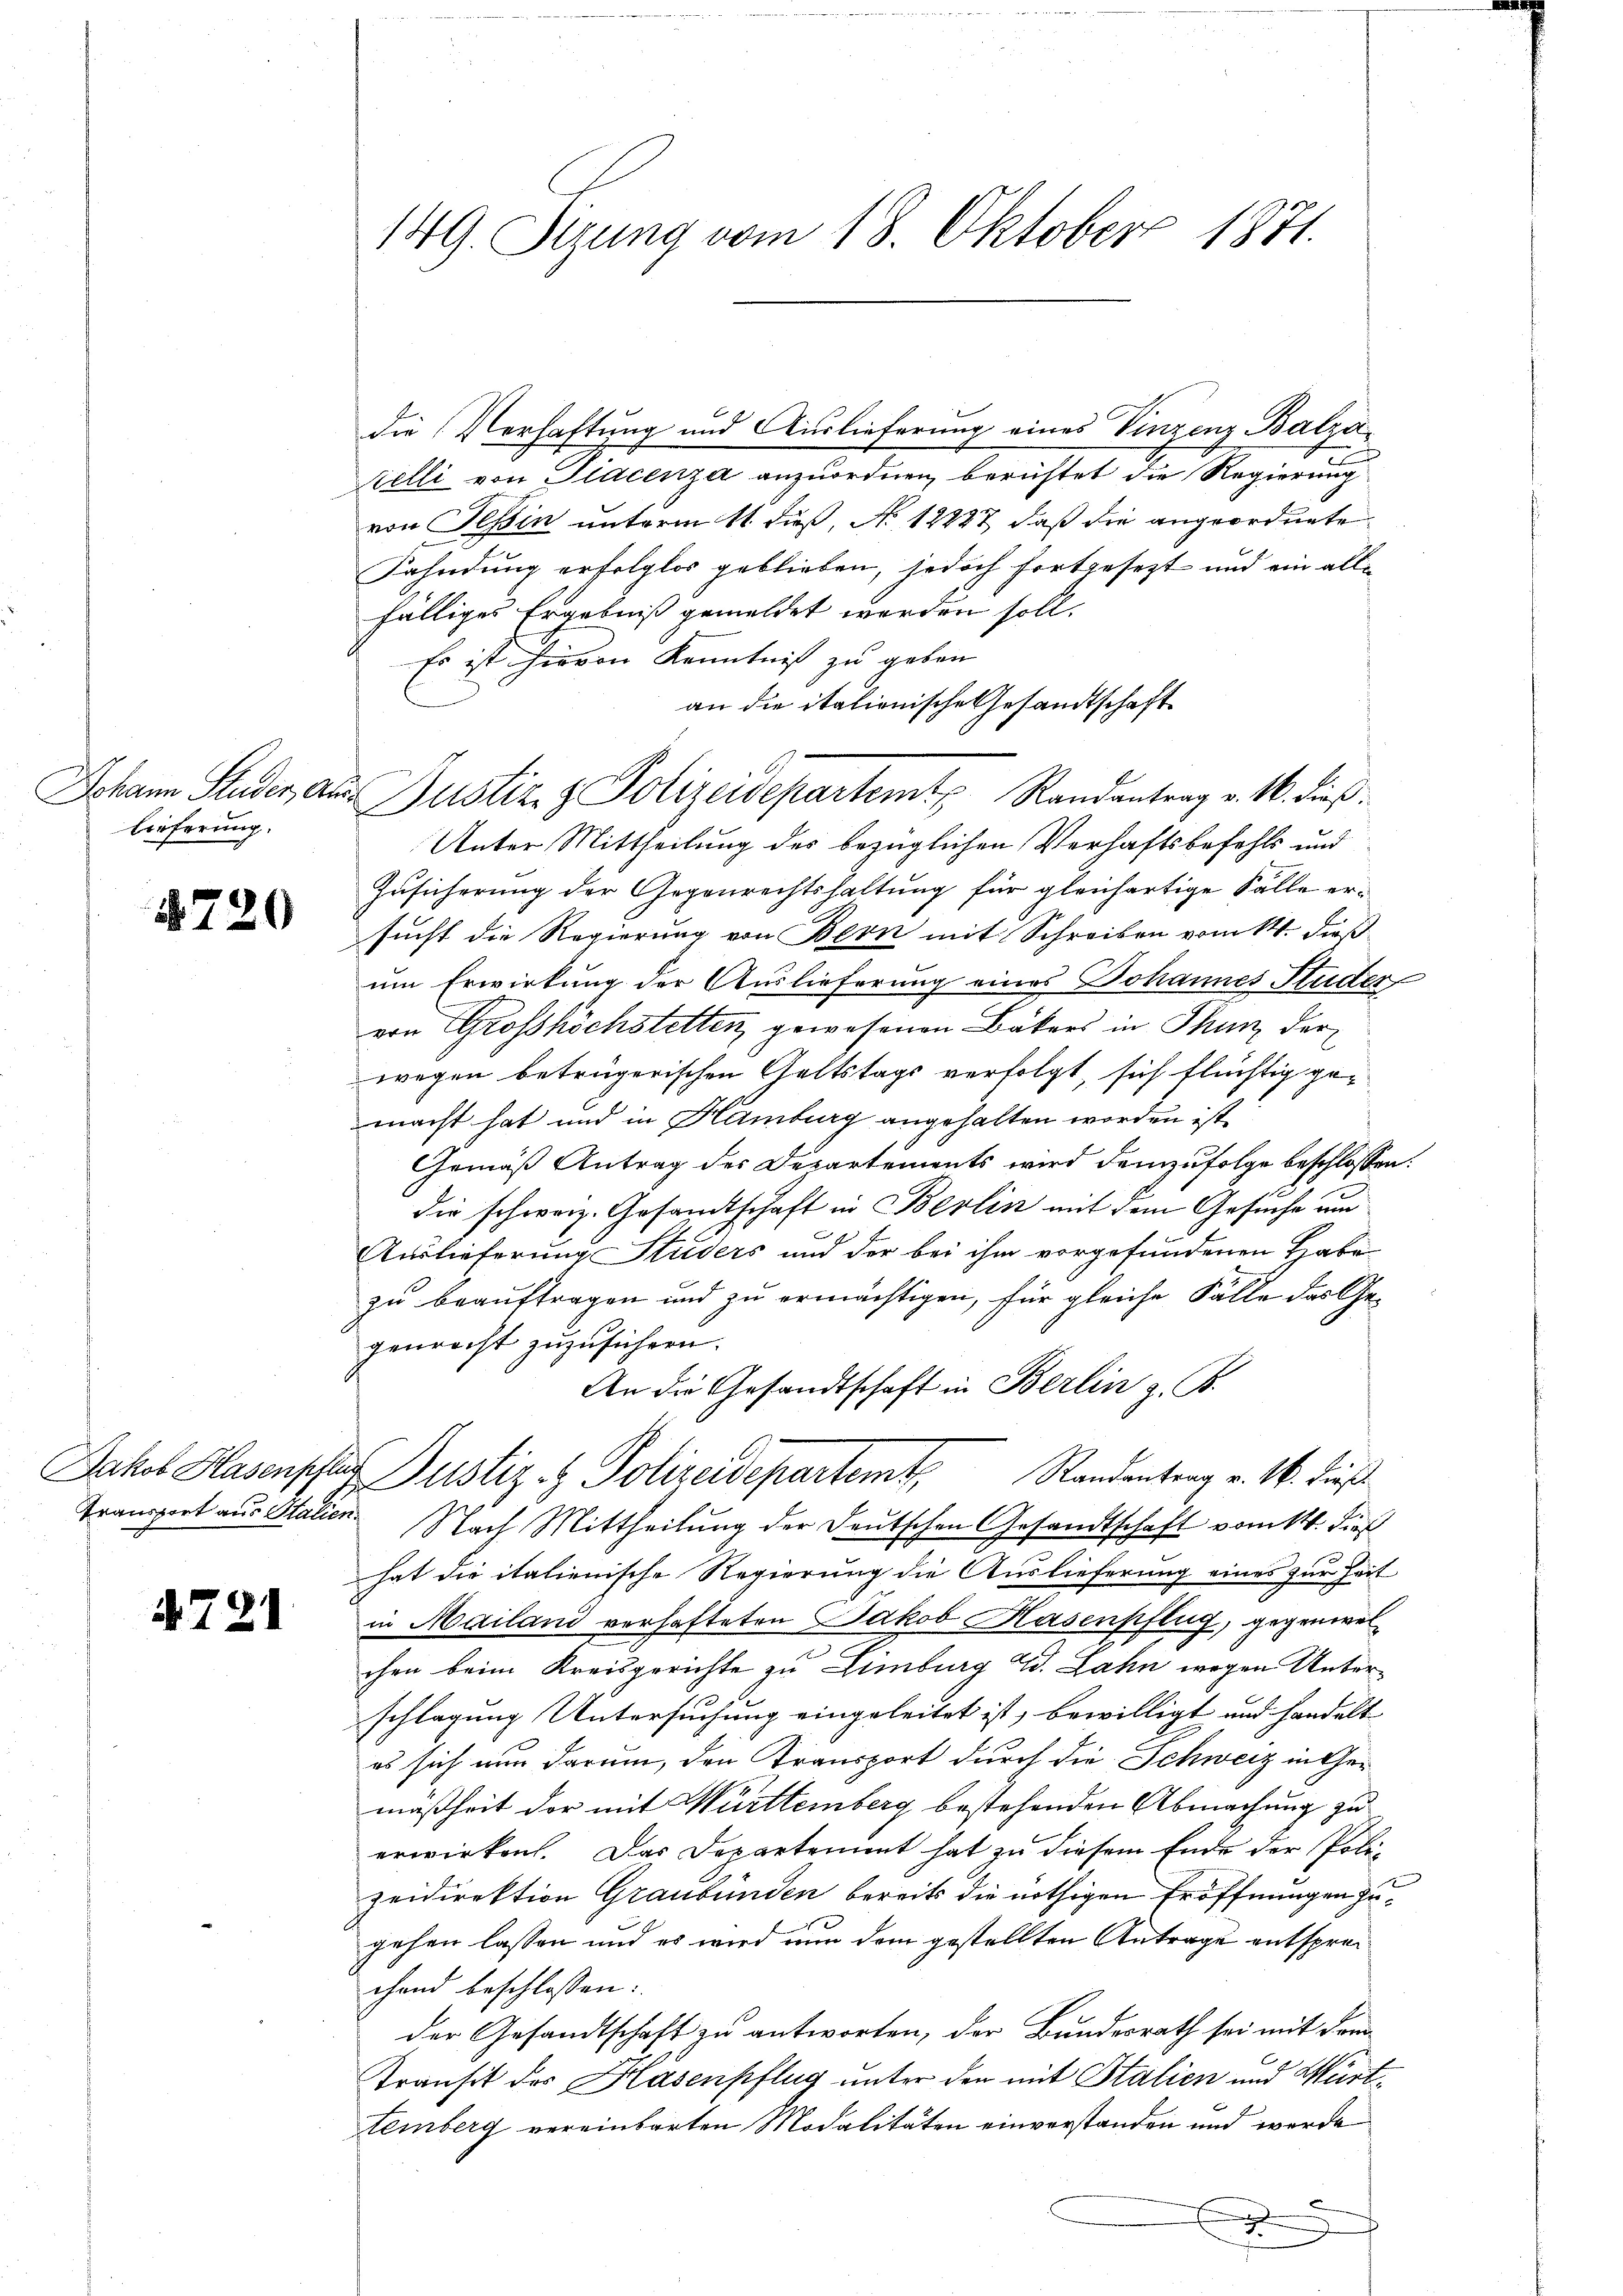
Johann Studer, an
Lieferung.

1720

4721

149. Sezung vom 18. Oktober 1871.

die Verhaftung und Auslieferung eines Vinzenz Balzaelli von Giacenza anzuordnen, berichtet die Regierung
von Tessin unterm 11. dieß, No 12227, daß die angeordnete
Fahndung erfolglos geblieben, jedoch fortgesezt und ein allfälliges Ergebniß gemeldet werden soll.
Es ist hievon Kenntnis zu geben.
an die italionische Gesandtschaft
Unter Mittheilung des bezüglichen Verhaftsbefehls und
Zusicherung der Gegenrechtshaltung für gleichartige Fälle ersucht die Regierung von Bern mit Schreiben vom 14. dieß
um Erwirkung der Auslieferung eines Johannes Studer
von Grosshöchstetten gewesenen Bäkers in Thun der
wegen betrügerischen Geltstags verfolgt, sich flüchtig gemacht hat und in Hamburg angehalten worden ist.
Gemäß Antrag des Departements wird demzufolge beschlossen:
die schweiz. Gesandtschaft in Berlin mit dem Gesuche und
Auslieferung Studers und der bei ihm vorgefundenen Habe
zu beauftragen und zu ermächtigen, für gleiche Fälle das Gegenrecht zuzusichern.
An die Gesandtschaft in Berlin z. B.
Jakob Hasensche Justiz & Polizeidepartemt, Randentrag v. 16. dieß
Transport aus Italien. Nach Mittheilung der Deutschen Gesandtschaft vom 14. dies
hat die italienische Regierung die Auslieferung eines zur Zeit
in Mailand verhafteten Jakob Hasenpflug, gegenwelchen beim Kreisgerichte zu Limburg Ed. Lahn wegen Unterschlagung Untersuchung eingeleitet ist, bewilligt und handelt |
es sich nun darum, den Transport durch die Schweiz in Gemäßheit der mit Württemberg bestehenden Abmachung zu
erwirken. Das Departement hat zu diesem Ende der Poli-
zeidirektion Graubünden bereits die nöthigen Eröffnungen zugehen lassen und es wird nun dem gestellten Antrage entsprechand beschlossen:
der Gesandtschaft zu antworten, der Bundesrath sei mit dem
Transit des Hasenpflug unter den mit Stalien und Württemberg vereinbarten Modalitäten einverstanden und werde
.

e Justiz- & Polizeidepartemt Randantrag v. 16. dieß: